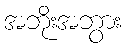
အဘိုးအဘွား